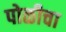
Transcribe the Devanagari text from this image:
पोळीचा